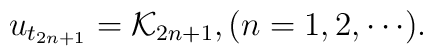
u_{t_{2n+1}}={\cal K}_{2n+1},(n=1,2,\cdots).